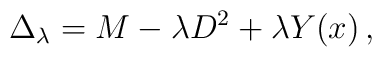
\Delta_\lambda= M-\lambda D^2+\lambda Y(x) \,,